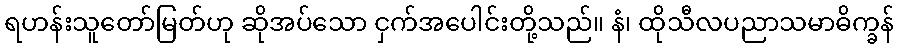
ရဟန်းသူတော်မြတ်ဟု ဆိုအပ်သော ငှက်အပေါင်းတို့သည်။ နံ၊ ထိုသီလပညာသမာဓိက္ခန်